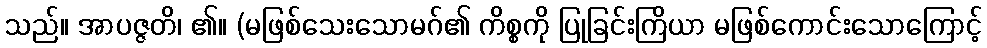
သည်။ အာပဇ္ဇတိ၊ ၏။ (မဖြစ်သေးသောမဂ်၏ ကိစ္စကို ပြုခြင်းကြိယာ မဖြစ်ကောင်းသောကြောင့်